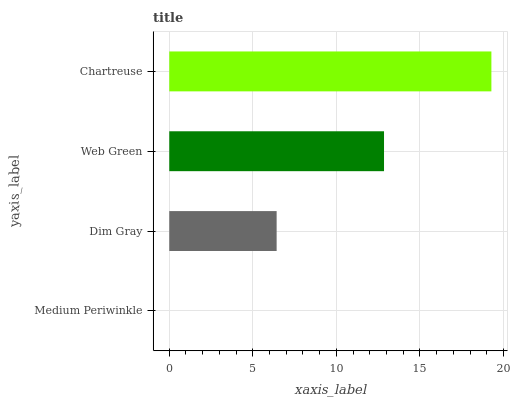
| yaxis_label | bars |
 | --- | --- |
 | Medium Periwinkle | 0 |
 | Dim Gray | 6.43 |
 | Web Green | 12.9 |
 | Chartreuse | 19.3 |